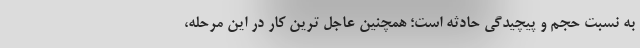
به نسبت حجم و پیچیدگی حادثه است؛ همچنین عاجل ترین کار در این مرحله،